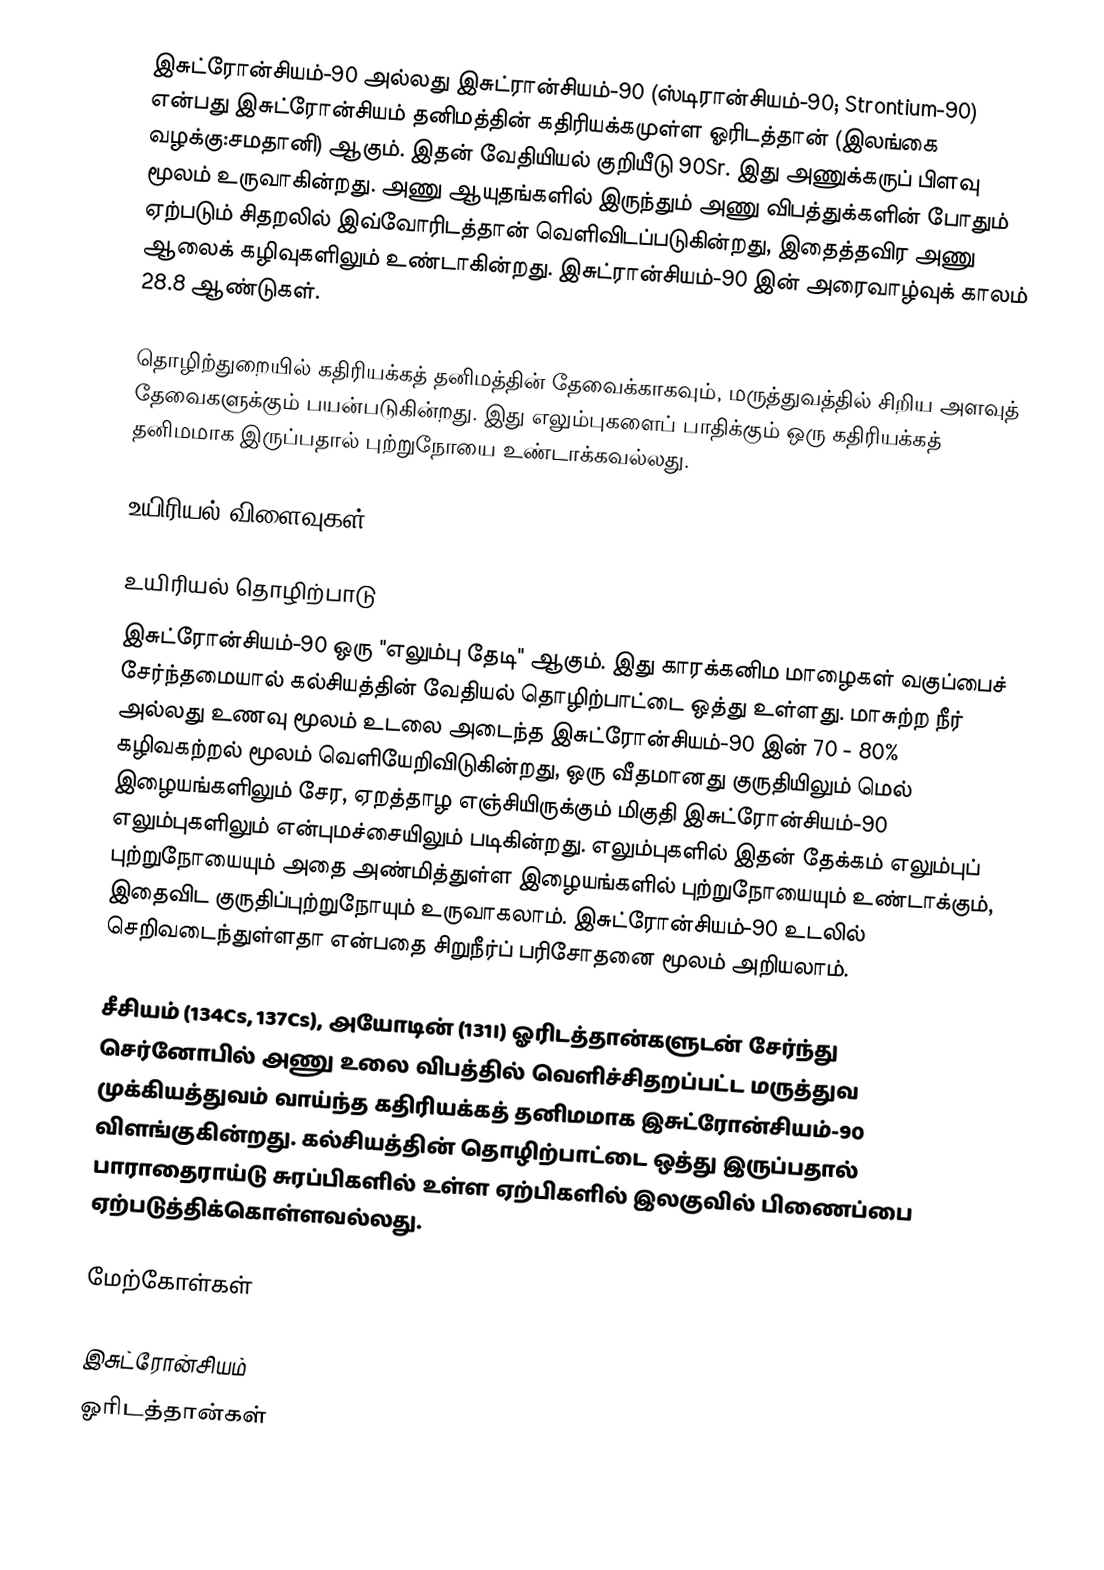
இசுட்ரோன்சியம்-90 அல்லது இசுட்ரான்சியம்-90 (ஸ்டிரான்சியம்-90; Strontium-90) என்பது இசுட்ரோன்சியம் தனிமத்தின் கதிரியக்கமுள்ள ஓரிடத்தான் (இலங்கை வழக்கு:சமதானி) ஆகும். இதன் வேதியியல் குறியீடு 90Sr. இது அணுக்கருப் பிளவு மூலம் உருவாகின்றது. அணு ஆயுதங்களில் இருந்தும் அணு விபத்துக்களின் போதும் ஏற்படும் சிதறலில் இவ்வோரிடத்தான் வெளிவிடப்படுகின்றது, இதைத்தவிர அணு ஆலைக் கழிவுகளிலும் உண்டாகின்றது. இசுட்ரான்சியம்-90 இன் அரைவாழ்வுக் காலம் 28.8 ஆண்டுகள்.

தொழிற்துறையில் கதிரியக்கத் தனிமத்தின் தேவைக்காகவும், மருத்துவத்தில் சிறிய அளவுத் தேவைகளுக்கும் பயன்படுகின்றது. இது எலும்புகளைப் பாதிக்கும் ஒரு கதிரியக்கத் தனிமமாக இருப்பதால் புற்றுநோயை உண்டாக்கவல்லது.

உயிரியல் விளைவுகள்

உயிரியல் தொழிற்பாடு
இசுட்ரோன்சியம்-90 ஒரு "எலும்பு தேடி" ஆகும். இது காரக்கனிம மாழைகள் வகுப்பைச் சேர்ந்தமையால் கல்சியத்தின் வேதியல் தொழிற்பாட்டை ஒத்து உள்ளது. மாசுற்ற நீர் அல்லது உணவு மூலம் உடலை அடைந்த இசுட்ரோன்சியம்-90 இன் 70 - 80% கழிவகற்றல் மூலம் வெளியேறிவிடுகின்றது, ஒரு வீதமானது குருதியிலும் மெல் இழையங்களிலும் சேர, ஏறத்தாழ எஞ்சியிருக்கும் மிகுதி இசுட்ரோன்சியம்-90 எலும்புகளிலும் என்புமச்சையிலும் படிகின்றது. எலும்புகளில் இதன் தேக்கம் எலும்புப் புற்றுநோயையும் அதை அண்மித்துள்ள இழையங்களில் புற்றுநோயையும் உண்டாக்கும், இதைவிட குருதிப்புற்றுநோயும் உருவாகலாம். இசுட்ரோன்சியம்-90 உடலில் செறிவடைந்துள்ளதா என்பதை சிறுநீர்ப் பரிசோதனை மூலம் அறியலாம்.

சீசியம் (134Cs, 137Cs), அயோடின் (131I) ஓரிடத்தான்களுடன் சேர்ந்து செர்னோபில் அணு உலை விபத்தில் வெளிச்சிதறப்பட்ட மருத்துவ முக்கியத்துவம் வாய்ந்த கதிரியக்கத் தனிமமாக இசுட்ரோன்சியம்-90 விளங்குகின்றது. கல்சியத்தின் தொழிற்பாட்டை ஒத்து இருப்பதால் பாராதைராய்டு சுரப்பிகளில் உள்ள ஏற்பிகளில் இலகுவில் பிணைப்பை ஏற்படுத்திக்கொள்ளவல்லது.

மேற்கோள்கள்

இசுட்ரோன்சியம்
ஓரிடத்தான்கள்